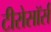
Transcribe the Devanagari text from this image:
टीरोसॉर्स